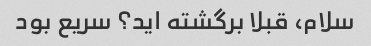
سلام، قبلا برگشته اید؟ سریع بود